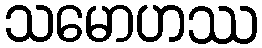
သမောဟဿ